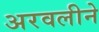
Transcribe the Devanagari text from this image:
अरवलीने